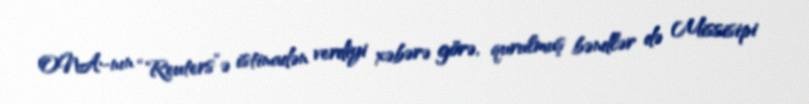
ONA-nın “Reuters”ə istinadən verdiyi xəbərə görə, qurulmuş bəndlər də Missisipi